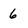
Character: 6